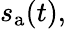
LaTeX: s_{\mathrm{a}}(t),